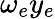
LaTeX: \omega_{e}y_{e}